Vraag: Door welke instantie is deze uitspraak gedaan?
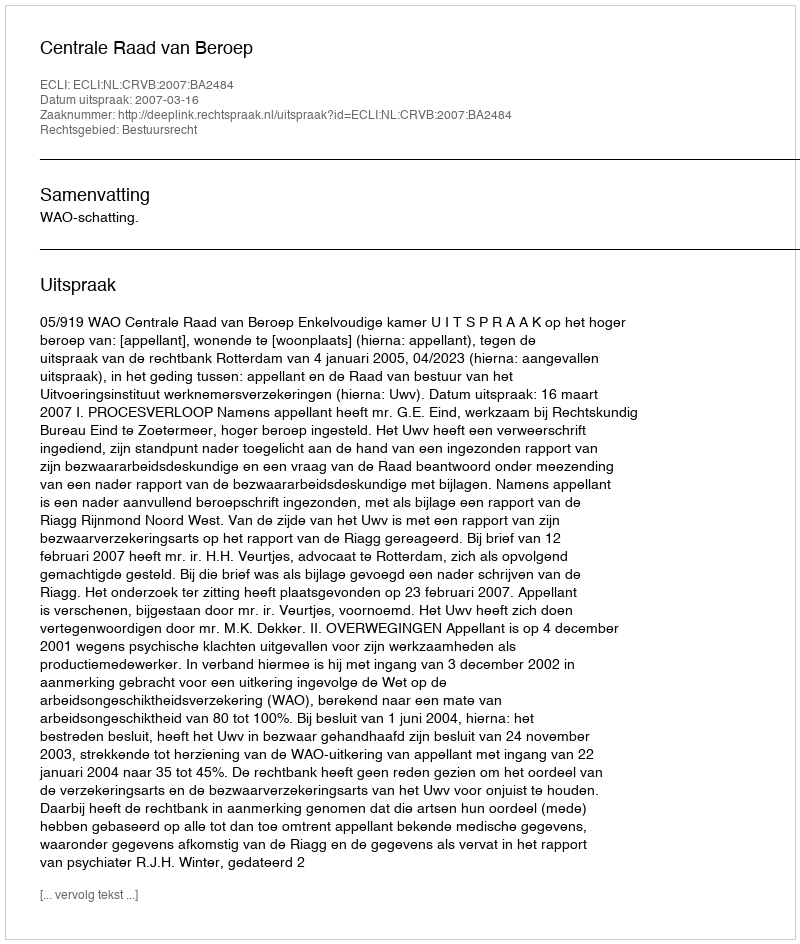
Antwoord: Centrale Raad van Beroep